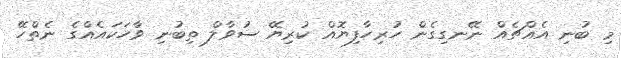
މި ބުނި އެއްޗެއް ނޭނގިގެން ހުރިހާފިޔޮއް ކުރިޔޭ ސުވާލް ތިބުނި ވާހަކައެއްގެ ނެތްހޭ